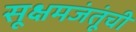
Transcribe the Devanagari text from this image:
सूक्षमजंतूंची